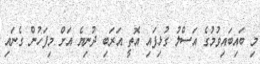
މި ބައިބައިވުމުގެ އަސްލު ގުޅިފައި އޮތީ އަރަބި ދުނިޔެ އަށް މިފަހުން ގެނައި